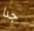
جدا